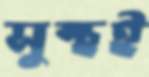
সুস্থই